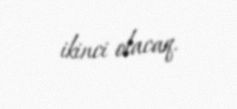
ikinci olacaq.